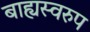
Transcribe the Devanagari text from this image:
बाह्यस्वरुप